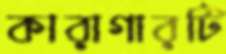
কারাগারটি